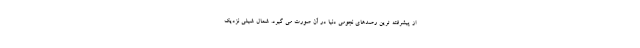
از پیشرفته ترین رصدهای نجومی دنیا در آن صورت می گیرد. شمال شیلی نزدیک